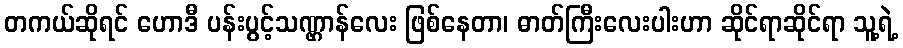
တကယ်ဆိုရင် ဟောဒီ ပန်းပွင့်သဏ္ဌာန်လေး ဖြစ်နေတာ၊ ဓာတ်ကြီးလေးပါးဟာ ဆိုင်ရာဆိုင်ရာ သူ့ရဲ့